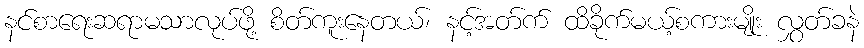
နင်စာရေးဆရာမသာလုပ်ဖို့ စိတ်ကူးနေတယ်၊ နင့်အတ်က် ထိခိုက်မယ့်စကားမျိုး လွှတ်ခနဲ